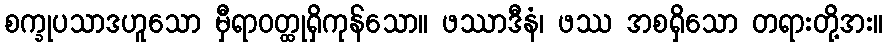
စက္ခုပသာဒဟူသော မှီရာဝတ္ထုရှိကုန်သော။ ဖဿာဒီနံ၊ ဖဿ အစရှိသော တရားတို့အး။